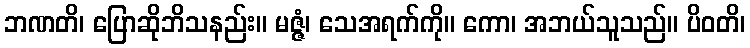
ဘဏတိ၊ ပြောဆိုဘိသနည်း။ မဇ္ဇံ၊ သေအရက်ကို။ ကော၊ အဘယ်သူသည်။ ပိဝတိ၊